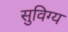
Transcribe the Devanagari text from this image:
सुविग्य